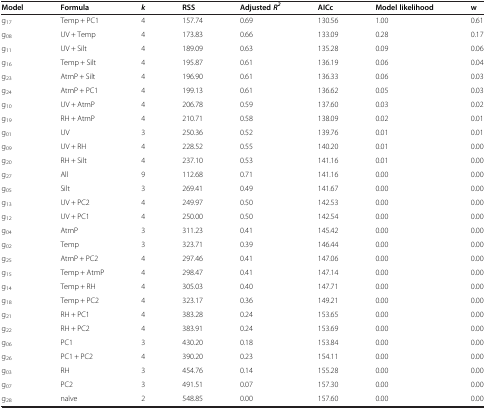
<table><thead><tr><td><b>Model</b></td><td><b>Formula</b></td><td><b><i>k</i></b></td><td><b>RSS</b></td><td><b>Adjusted<i>R</i><sup><i>2</i></sup></b></td><td><b>AICc</b></td><td><b>Model likelihood</b></td><td><b>w</b></td></tr></thead><tbody><tr><td>g<sub>17</sub></td><td>Temp + PC1</td><td>4</td><td>157.74</td><td>0.69</td><td>130.56</td><td>1.00</td><td>0.61</td></tr><tr><td>g<sub>08</sub></td><td>UV + Temp</td><td>4</td><td>173.83</td><td>0.66</td><td>133.09</td><td>0.28</td><td>0.17</td></tr><tr><td>g<sub>11</sub></td><td>UV + Silt</td><td>4</td><td>189.09</td><td>0.63</td><td>135.28</td><td>0.09</td><td>0.06</td></tr><tr><td>g<sub>16</sub></td><td>Temp + Silt</td><td>4</td><td>195.87</td><td>0.61</td><td>136.19</td><td>0.06</td><td>0.04</td></tr><tr><td>g<sub>23</sub></td><td>AtmP + Silt</td><td>4</td><td>196.90</td><td>0.61</td><td>136.33</td><td>0.06</td><td>0.03</td></tr><tr><td>g<sub>24</sub></td><td>AtmP + PC1</td><td>4</td><td>199.13</td><td>0.61</td><td>136.62</td><td>0.05</td><td>0.03</td></tr><tr><td>g<sub>10</sub></td><td>UV + AtmP</td><td>4</td><td>206.78</td><td>0.59</td><td>137.60</td><td>0.03</td><td>0.02</td></tr><tr><td>g<sub>19</sub></td><td>RH + AtmP</td><td>4</td><td>210.71</td><td>0.58</td><td>138.09</td><td>0.02</td><td>0.01</td></tr><tr><td>g<sub>01</sub></td><td>UV</td><td>3</td><td>250.36</td><td>0.52</td><td>139.76</td><td>0.01</td><td>0.01</td></tr><tr><td>g<sub>09</sub></td><td>UV + RH</td><td>4</td><td>228.52</td><td>0.55</td><td>140.20</td><td>0.01</td><td>0.00</td></tr><tr><td>g<sub>20</sub></td><td>RH + Silt</td><td>4</td><td>237.10</td><td>0.53</td><td>141.16</td><td>0.01</td><td>0.00</td></tr><tr><td>g<sub>27</sub></td><td>All</td><td>9</td><td>112.68</td><td>0.71</td><td>141.16</td><td>0.00</td><td>0.00</td></tr><tr><td>g<sub>05</sub></td><td>Silt</td><td>3</td><td>269.41</td><td>0.49</td><td>141.67</td><td>0.00</td><td>0.00</td></tr><tr><td>g<sub>13</sub></td><td>UV + PC2</td><td>4</td><td>249.97</td><td>0.50</td><td>142.53</td><td>0.00</td><td>0.00</td></tr><tr><td>g<sub>12</sub></td><td>UV + PC1</td><td>4</td><td>250.00</td><td>0.50</td><td>142.54</td><td>0.00</td><td>0.00</td></tr><tr><td>g<sub>04</sub></td><td>AtmP</td><td>3</td><td>311.23</td><td>0.41</td><td>145.42</td><td>0.00</td><td>0.00</td></tr><tr><td>g<sub>02</sub></td><td>Temp</td><td>3</td><td>323.71</td><td>0.39</td><td>146.44</td><td>0.00</td><td>0.00</td></tr><tr><td>g<sub>25</sub></td><td>AtmP + PC2</td><td>4</td><td>297.46</td><td>0.41</td><td>147.06</td><td>0.00</td><td>0.00</td></tr><tr><td>g<sub>15</sub></td><td>Temp + AtmP</td><td>4</td><td>298.47</td><td>0.41</td><td>147.14</td><td>0.00</td><td>0.00</td></tr><tr><td>g<sub>14</sub></td><td>Temp + RH</td><td>4</td><td>305.03</td><td>0.40</td><td>147.71</td><td>0.00</td><td>0.00</td></tr><tr><td>g<sub>18</sub></td><td>Temp + PC2</td><td>4</td><td>323.17</td><td>0.36</td><td>149.21</td><td>0.00</td><td>0.00</td></tr><tr><td>g<sub>21</sub></td><td>RH + PC1</td><td>4</td><td>383.28</td><td>0.24</td><td>153.65</td><td>0.00</td><td>0.00</td></tr><tr><td>g<sub>22</sub></td><td>RH + PC2</td><td>4</td><td>383.91</td><td>0.24</td><td>153.69</td><td>0.00</td><td>0.00</td></tr><tr><td>g<sub>06</sub></td><td>PC1</td><td>3</td><td>430.20</td><td>0.18</td><td>153.84</td><td>0.00</td><td>0.00</td></tr><tr><td>g<sub>26</sub></td><td>PC1 + PC2</td><td>4</td><td>390.20</td><td>0.23</td><td>154.11</td><td>0.00</td><td>0.00</td></tr><tr><td>g<sub>03</sub></td><td>RH</td><td>3</td><td>454.76</td><td>0.14</td><td>155.28</td><td>0.00</td><td>0.00</td></tr><tr><td>g<sub>07</sub></td><td>PC2</td><td>3</td><td>491.51</td><td>0.07</td><td>157.30</td><td>0.00</td><td>0.00</td></tr><tr><td>g<sub>28</sub></td><td>naïve</td><td>2</td><td>548.85</td><td>0.00</td><td>157.60</td><td>0.00</td><td>0.00</td></tr></tbody></table>